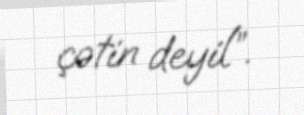
çətin deyil”.